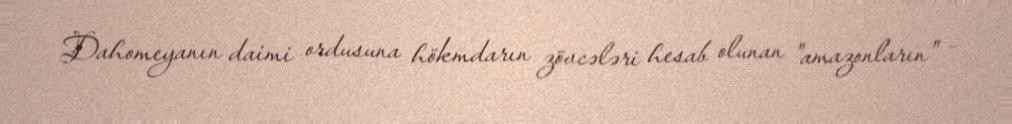
Dahomeyanın daimi ordusuna hökmdarın zövcələri hesab olunan "amazonların" –